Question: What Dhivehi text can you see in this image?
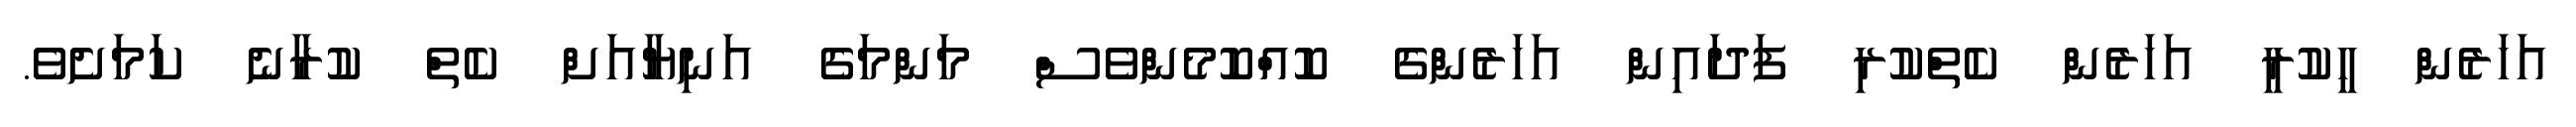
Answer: އަހަރެން ހީކުރީ އަހަރެން ކެތްކުރި ފަދައިން އަހަރެންގެ ކޮއްކޮމެންވެސް މަންމަގެ އަނިޔާއަށް ކެތް ކުރާނެ ކަމަށެވެ.